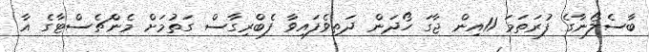
ބާސެލޯނާގެ ފުރަތަމަ 11އިން ޖާގަ ހޯދަން ދަތިވެފައިވާ ފެބްރިގާސް ގަތުމަށް މެންޗެސްޓާގެ އާ